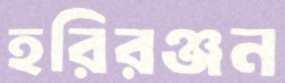
হরিরঞ্জন